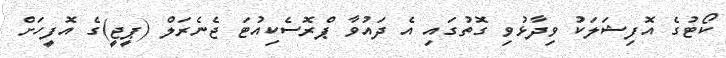
ކޯޓުގެ އޮފިޝަލަކު ވިދާޅުވި ގޮތުގައި އެ ދައުވާ ޕްރޮސެކިއުޓަ ޖެނެރަލް (ޕީޖީ)ގެ އޮފީހަށް